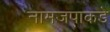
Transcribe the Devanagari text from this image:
नामजपाकडे